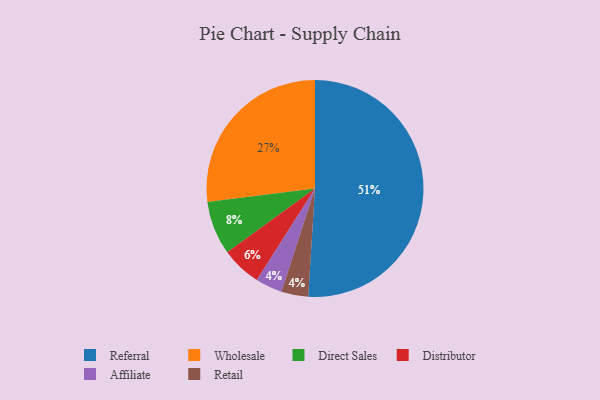
{"axis": {"x": "Category", "y": "Percentage"}, "legend": ["Affiliate", "Direct Sales", "Distributor", "Referral", "Retail", "Wholesale"], "data": [{"x": "Affiliate", "y": 4, "type": "Affiliate"}, {"x": "Referral", "y": 51, "type": "Referral"}, {"x": "Wholesale", "y": 27, "type": "Wholesale"}, {"x": "Retail", "y": 4, "type": "Retail"}, {"x": "Distributor", "y": 6, "type": "Distributor"}, {"x": "Direct Sales", "y": 8, "type": "Direct Sales"}]}